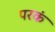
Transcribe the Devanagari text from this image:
परकं